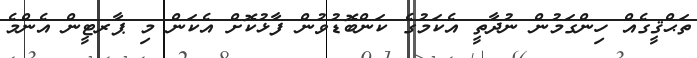
ތަޙްޤީގެއް ހިންގަމުން ނުދާތީ އެކަމުގެ ކަންބޮޑުވުން ފާޅުކޮށް އެކަން މި ޕާރޓީން އެންމެ